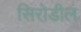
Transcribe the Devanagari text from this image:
सिरोडील